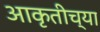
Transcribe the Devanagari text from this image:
आकृतीच्या